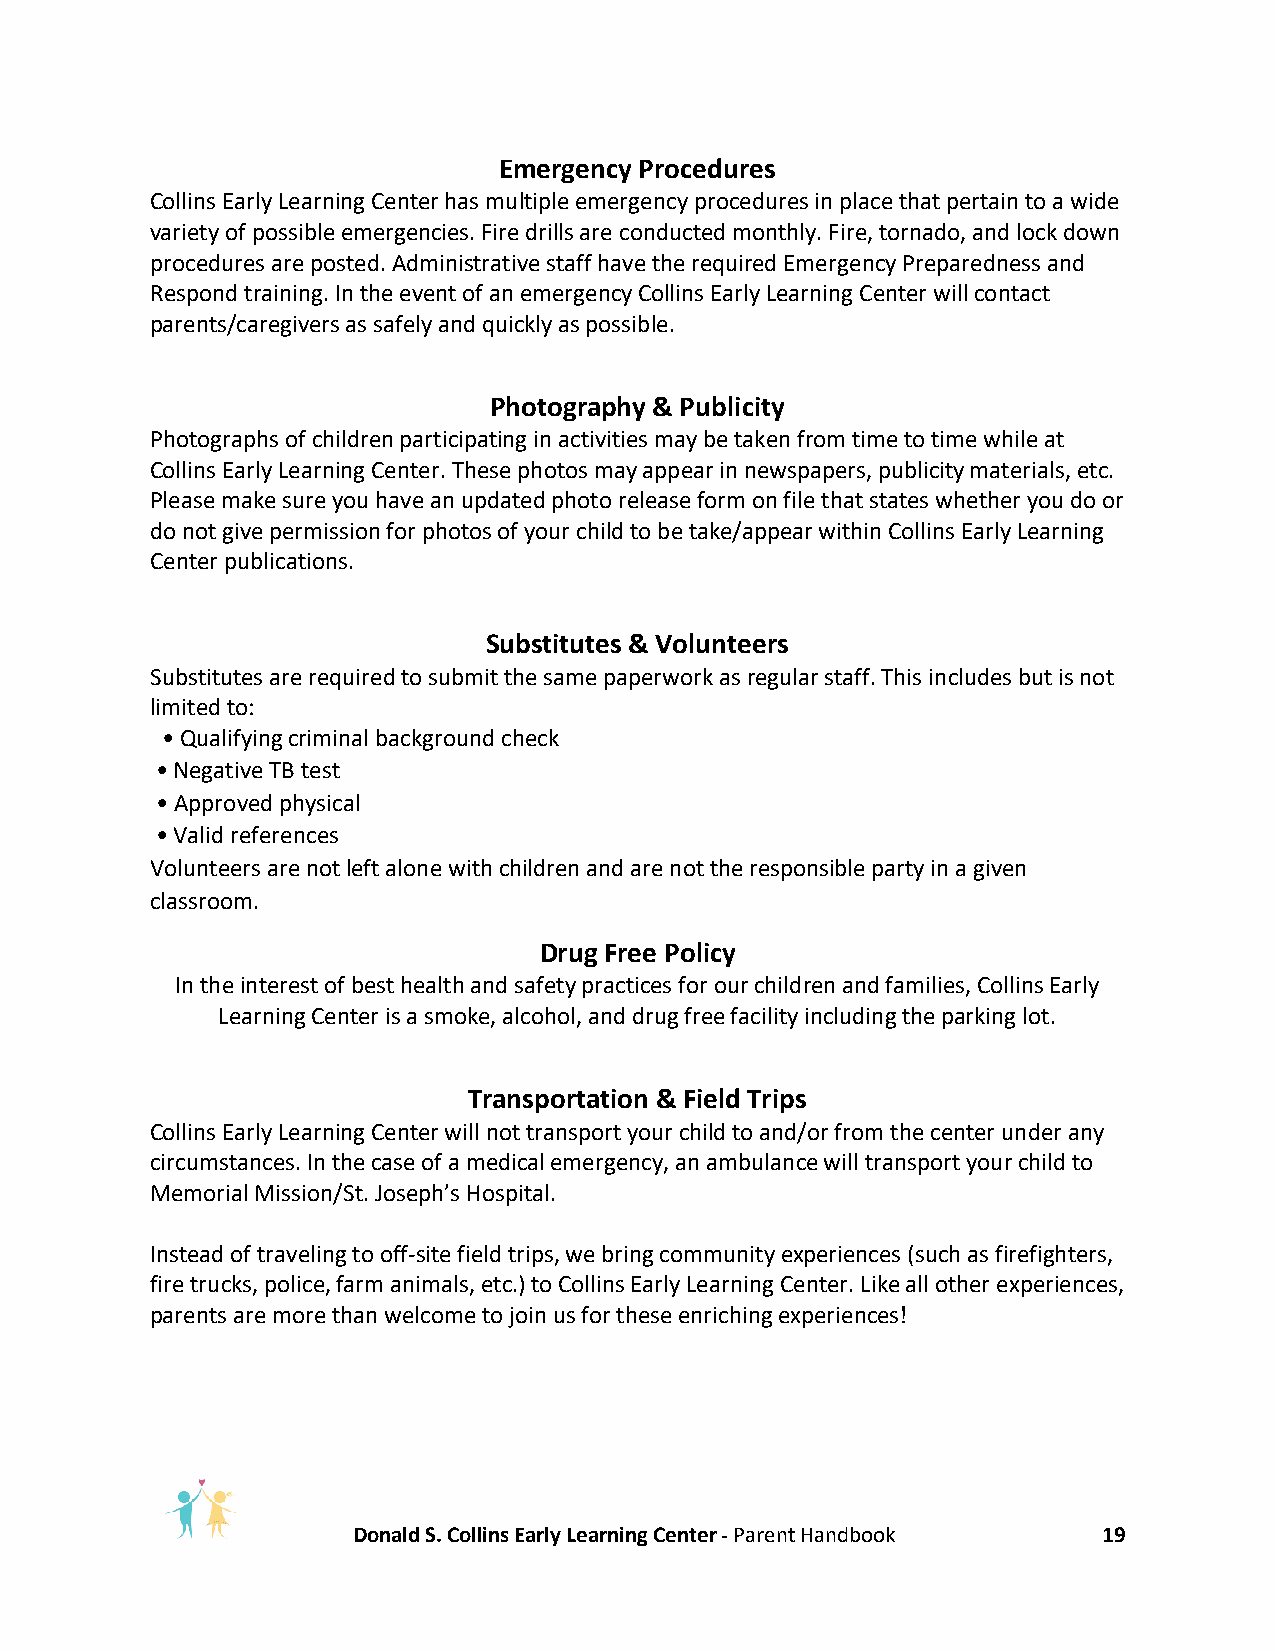
Emergency Procedures
 Collins Early Learning Center has multiple emergency procedures in place that pertain to a wide
 variety of possible emergencies. Fire drills are conducted monthly. Fire, tornado, and lock down
 procedures are posted. Administrative staff have the required Emergency Preparedness and
 Respond training. In the event of an emergency Collins Early Learning Center will contact
 parents/caregivers as safely and quickly as possible.
 Photography & Publicity
 Photographs of children participating in activities may be taken from time to time while at
 Collins Early Learning Center. These photos may appear in newspapers, publicity materials, etc.
 Please make sure you have an updated photo release form on file that states whether you do or
 do not give permission for photos of your child to be take/appear within Collins Early Learning
 Center publications.
 Substitutes & Volunteers
 Substitutes are required to submit the same paperwork as regular staff. This includes but is not
 limited to:
 • Qualifying criminal background check
 • Negative TB test
 • Approved physical
 • Valid references
 Volunteers are not left alone with children and are not the responsible party in a given
 classroom.
 Drug Free Policy
 In the interest of best health and safety practices for our children and families, Collins Early
 Learning Center is a smoke, alcohol, and drug free facility including the parking lot.
 Transportation & Field Trips
 Collins Early Learning Center will not transport your child to and/or from the center under any
 circumstances. In the case of a medical emergency, an ambulance will transport your child to
 Memorial Mission/St. Joseph’s Hospital.
 Instead of traveling to off-site field trips, we bring community experiences (such as firefighters,
 fire trucks, police, farm animals, etc.) to Collins Early Learning Center. Like all other experiences,
 parents are more than welcome to join us for these enriching experiences!
 Donald S. Collins Early Learning Center - Parent Handbook 19